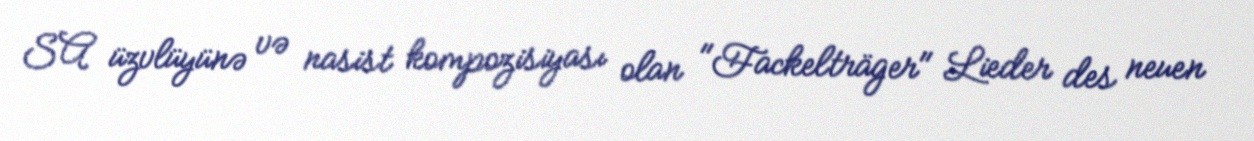
SA üzvlüyünə və nasist kompozisiyası olan "Fackelträger" Lieder des neuen